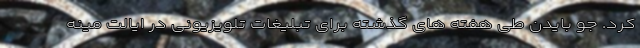
کرد. جو بایدن طی هفته های گذشته برای تبلیغات تلویزیونی در ایالت مینه